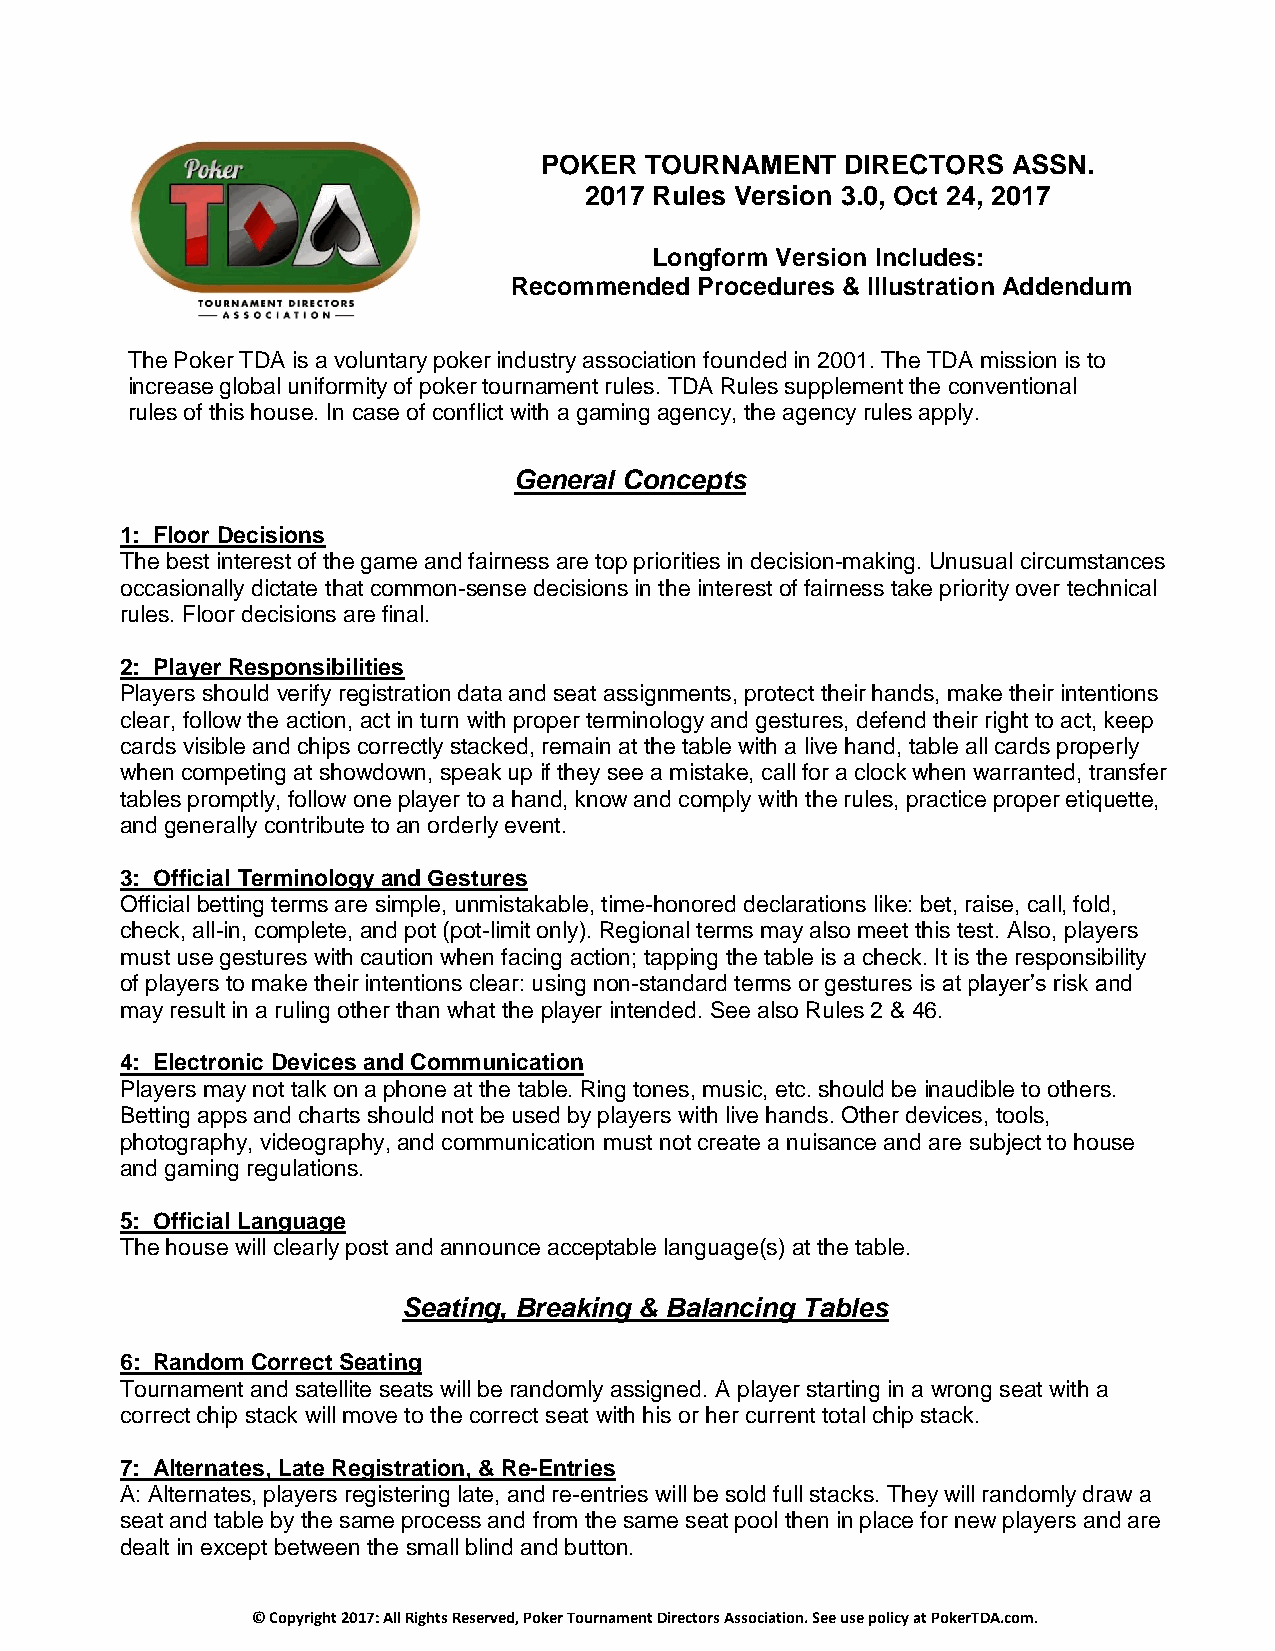
POKER  TOURNAMENT   DIRECTORS  ASSN.
 2017 Rules Version 3.0, Oct 24, 2017
 Longform Version Includes:
 Recommended Procedures & Illustration Addendum
 The Poker TDA is a voluntary poker industry association founded in 2001. The TDA mission is to
 increase global uniformity of poker tournament rules. TDA Rules supplement the conventional
 rules of this house. In case of conflict with a gaming agency, the agency rules apply.
 General Concepts
 1: Floor Decisions
 The best interest of the game and fairness are top priorities in decision-making. Unusual circumstances
 occasionally dictate that common-sense decisions in the interest of fairness take priority over technical
 rules. Floor decisions are final.
 2: Player Responsibilities
 Players should verify registration data and seat assignments, protect their hands, make their intentions
 clear, follow the action, act in turn with proper terminology and gestures, defend their right to act, keep
 cards visible and chips correctly stacked, remain at the table with a live hand, table all cards properly
 when competing at showdown, speak up if they see a mistake, call for a clock when warranted, transfer
 tables promptly, follow one player to a hand, know and comply with the rules, practice proper etiquette,
 and generally contribute to an orderly event.
 3: Official Terminology and Gestures
 Official betting terms are simple, unmistakable, time-honored declarations like: bet, raise, call, fold,
 check, all-in, complete, and pot (pot-limit only). Regional terms may also meet this test. Also, players
 must use gestures with caution when facing action; tapping the table is a check. It is the responsibility
 of players to make their intentions clear: using non-standard terms or gestures is at player’s risk and
 may result in a ruling other than what the player intended. See also Rules 2 & 46.
 4: Electronic Devices and Communication
 Players may not talk on a phone at the table. Ring tones, music, etc. should be inaudible to others.
 Betting apps and charts should not be used by players with live hands. Other devices, tools,
 photography, videography, and communication must not create a nuisance and are subject to house
 and gaming regulations.
 5: Official Language
 The house will clearly post and announce acceptable language(s) at the table.
 Seating, Breaking & Balancing Tables
 6: Random Correct Seating
 Tournament and satellite seats will be randomly assigned. A player starting in a wrong seat with a
 correct chip stack will move to the correct seat with his or her current total chip stack.
 7: Alternates, Late Registration, & Re-Entries
 A: Alternates, players registering late, and re-entries will be sold full stacks. They will randomly draw a
 seat and table by the same process and from the same seat pool then in place for new players and are
 dealt in except between the small blind and button.
 © Copyright 2017: All Rights Reserved, Poker Tournament Directors Association. See use policy at PokerTDA.com.